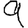
Digit: 9